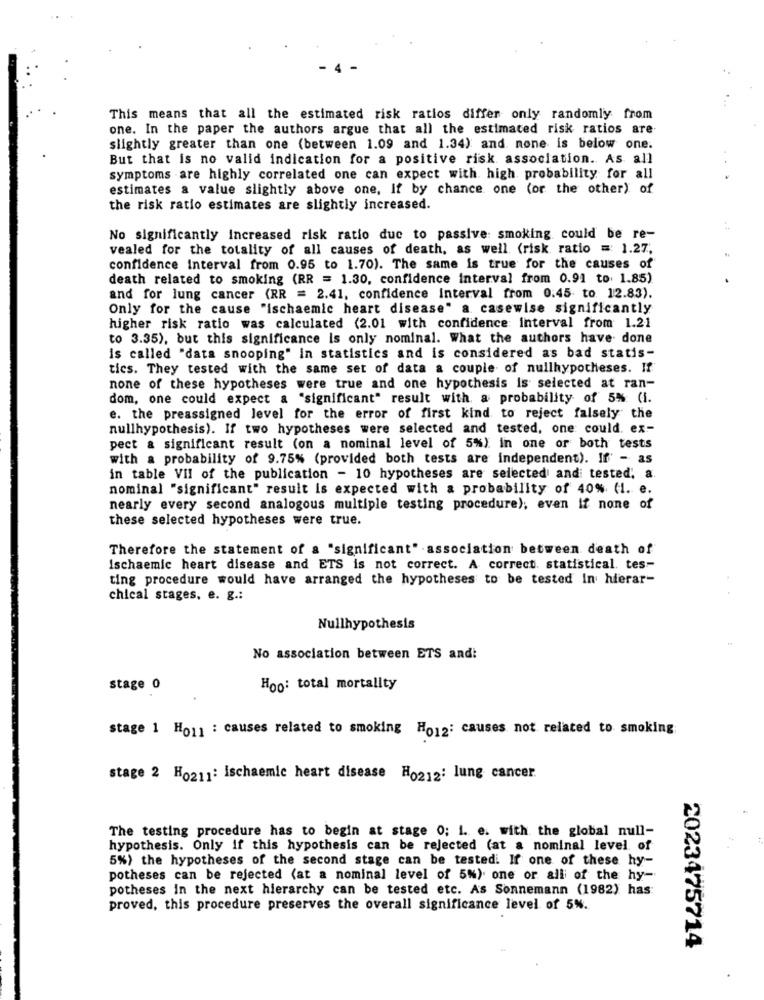
This means that all the estimated risk ratios differ only randomly from
one. In the paper the authors argue that all the estimated risk ratios are
slightly greater than one (between 1.09 and 1.34) and none is below one.
But that is no valid indication for a positive risk association. As all
symptoms are highly correlated one can expect with high probability for all
estimates a value slightly above one, If by chance one (or the other) of
the risk ratio estimates are slightly increased.
No significantly increased risk ratio due to passive: smoking could be re-
vealed for the totality of all causes of death, as well (risk ratio = 1.27,
confidence Interval from 0.95 to 1.70). The same is true for the causes of
death related to smoking (RR = 1.30, confidence interval from 0.91 to 1.85)
and for lung cancer (RR = 2.41, confidence interval from 0.45 to. 12.83).
Only for the cause "ischaemic heart disease" a casewise significantly
higher risk ratio was calculated (2.01 with confidence interval from 1.21
to 3.35), but this significance is only nominal. What the authors have done
is called "data snooping" in statistics and is considered as bad statis-
tics. They tested with the same set of data a couple of nullhypotheses. If
none of these hypotheses were true and one hypothesis is selected at ran-
dom, one could expect a "significant" result with a probability of 5% (i.
e. the preassigned level for the error of first kind to reject falsely the
nullhypothesis). If two hypotheses were selected and tested, one could. ex-
pect a significant result (on a nominal level of 5%) in one or both tests
with a probability of 9.75% (provided both tests are independent). If' - as
in table VII of the publication - 10 hypotheses are selected and tested, a.
nominal "significant" result is expected with a probability of 40% (I. e.
nearly every second analogous multiple testing procedure); even if none of
these selected hypotheses were true.
Therefore the statement of a "significant" association between death of
Ischaemic heart disease and ETS is not correct. A correct. statistical. tes-
ting procedure would have arranged the hypotheses to be tested In hierar-
chical stages, e. g .:
Nullhypothesis
No association between ETS and:
stage 0
Hoo: total mortality
stage 1 Ho11 : causes related to smoking Ho12: causes not related to smoking
stage 2 H0211: ischaemic heart disease Ho212; lung cancer.
The testing procedure has to begin at stage 0; i. e. with the global null-
hypothesis. Only if this hypothesis can be rejected (at a nominal level of
5%) the hypotheses of the second stage can be tested. If one of these hy-
potheses can be rejected (at a nominal level of 5%). one or all of the hy-
potheses in the next hierarchy can be tested etc. As Sonnemann (1982) has:
proved, this procedure preserves the overall significance level of 5%.
2023475714